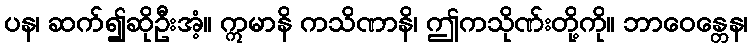
ပန၊ ဆက်၍ဆိုဦးအံ့။ ဣမာနိ ကသိဏာနိ၊ ဤကသိုဏ်းတို့ကို။ ဘာဝေန္တေန၊